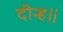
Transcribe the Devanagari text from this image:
दीन्ह॥